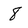
Character: 8